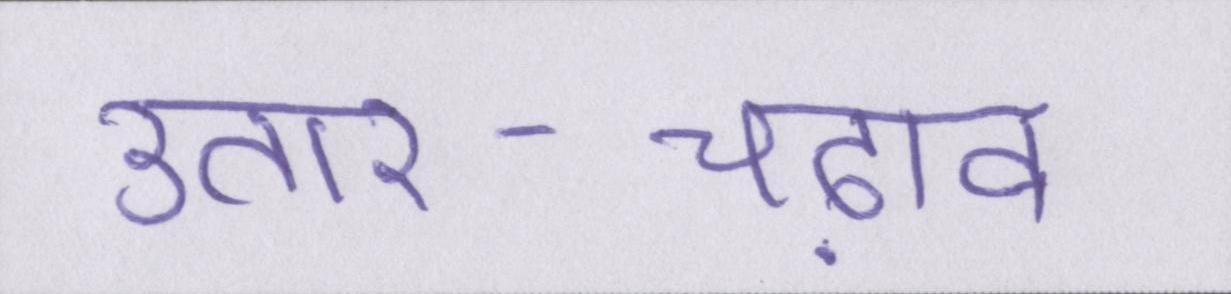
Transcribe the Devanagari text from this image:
उतार-चढ़ाव